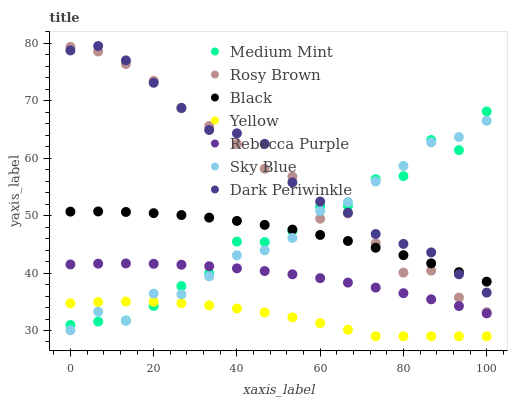
| xaxis_label | Medium Mint | Rosy Brown | Black | Yellow | Rebecca Purple | Sky Blue | Dark Periwinkle |
 | --- | --- | --- | --- | --- | --- | --- | --- |
 | 0 | 31 | 79.3 | 50.7 | 34.7 | 41.5 | 30 | 78.7 |
 | 6.67 | 31.6 | 78.5 | 50.7 | 35 | 41.6 | 33.3 | 79.5 |
 | 13.3 | 31.7 | 76.4 | 50.6 | 35 | 41.7 | 31.7 | 77 |
 | 20 | 34.3 | 73.4 | 50.4 | 35 | 41.6 | 36.4 | 73.1 |
 | 26.7 | 37.7 | 68.7 | 50.1 | 34.8 | 41.4 | 36.3 | 68.7 |
 | 33.3 | 39.9 | 65.6 | 49.6 | 34.4 | 41.2 | 39.4 | 64.9 |
 | 40 | 45.5 | 62.5 | 49.1 | 33.8 | 40.8 | 43.1 | 64.3 |
 | 46.7 | 45.4 | 58.1 | 48.4 | 33.1 | 40.3 | 44 | 62.5 |
 | 53.3 | 47.3 | 56.8 | 47.6 | 32.3 | 39.8 | 46.1 | 55.8 |
 | 60 | 51.6 | 49.4 | 46.6 | 31.3 | 39.1 | 50.8 | 52.4 |
 | 66.7 | 51.7 | 50.4 | 45.6 | 30.1 | 38.3 | 52.4 | 50.5 |
 | 73.3 | 56.3 | 45.2 | 44.4 | 29 | 37.5 | 55.9 | 46.8 |
 | 80 | 56.9 | 40.1 | 43.1 | 29 | 36.5 | 58.6 | 45.1 |
 | 86.7 | 63.1 | 40.4 | 41.7 | 29 | 35.4 | 62.7 | 43.6 |
 | 93.3 | 61.4 | 35.7 | 40.2 | 29 | 34.2 | 63.7 | 39.8 |
 | 100 | 68.1 | 33.2 | 38.5 | 29 | 33 | 66.5 | 36.6 |